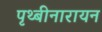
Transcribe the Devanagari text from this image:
पृथ्बीनारायन